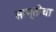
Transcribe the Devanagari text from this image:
साम्तीचा